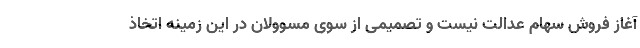
آغاز فروش سهام عدالت نیست و تصمیمی از سوی مسوولان در این زمینه اتخاذ